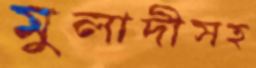
মুলাদীসহ